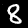
Label: 8